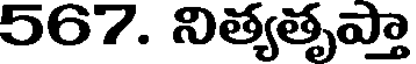
567. నిత్యతృప్తా